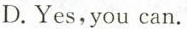
D.Yes,you can.